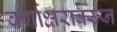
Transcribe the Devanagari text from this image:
वर्णाक्षरावरून